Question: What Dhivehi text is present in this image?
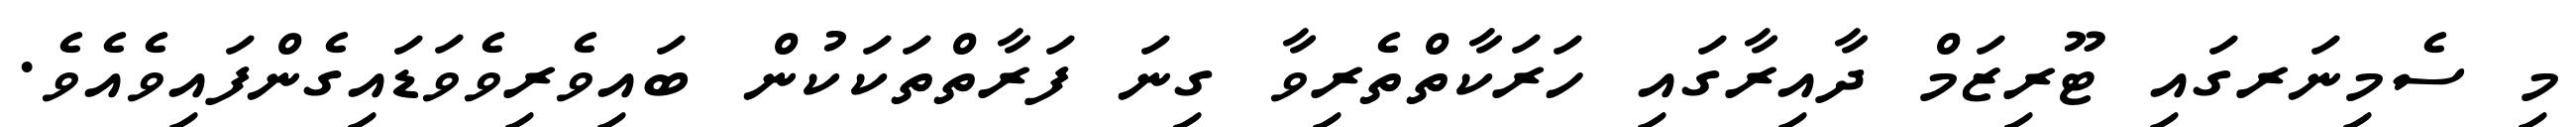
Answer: މި ސެމިނަރގައި ޓޫރިޒަމް ދާއިރާގައި ހަރަކާތްތެރިވާ ގިނަ ފަރާތްތަކަކުން ބައިވެރިވެވަޑައިގެންފައިވެއެވެ.